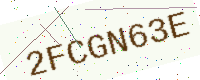
Text: 2FCGN63E